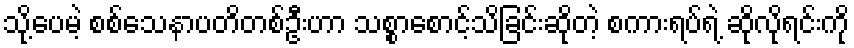
သို့ပေမဲ့ စစ်သေနာပတိတစ်ဦးဟာ သစ္စာစောင့်သိခြင်းဆိုတဲ့ စကားရပ်ရဲ့ ဆိုလိုရင်းကို